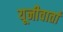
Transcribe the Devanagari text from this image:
यूनीवार्ता